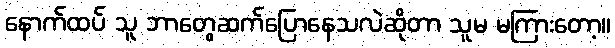
နောက်ထပ် သူ ဘာတွေဆက်ပြောနေသလဲဆိုတာ သူမ မကြားတော့။